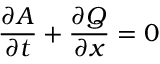
{ \frac { \partial A } { \partial t } } + { \frac { \partial Q } { \partial x } } = 0